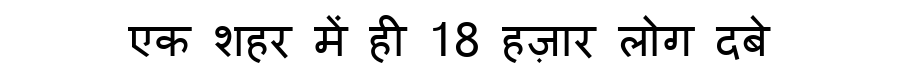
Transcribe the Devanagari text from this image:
एक शहर में ही 18 हज़ार लोग दबे